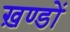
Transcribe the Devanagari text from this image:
ख़ण्डों